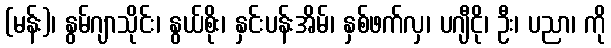
(မန်း)၊ နွမ်ဂျာသိုင်း၊ နွယ်စိုး၊ နှင်းပန်းအိမ်၊ နှစ်ဖက်လှ၊ ပဂျီငို၊ ဦး၊ ပညာ၊ ကို